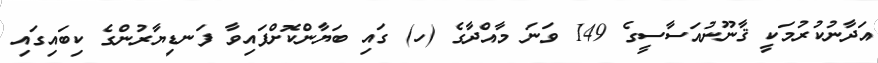
އަދާނުކުރުމަކީ ޤާނޫނުއަސާސީގެ 149 ވަނަ މާއްދާގެ (ހ) ގައި ބަޔާންކޮށްފައިވާ ފަނޑިޔާރުންގެ ކިބައިގައި